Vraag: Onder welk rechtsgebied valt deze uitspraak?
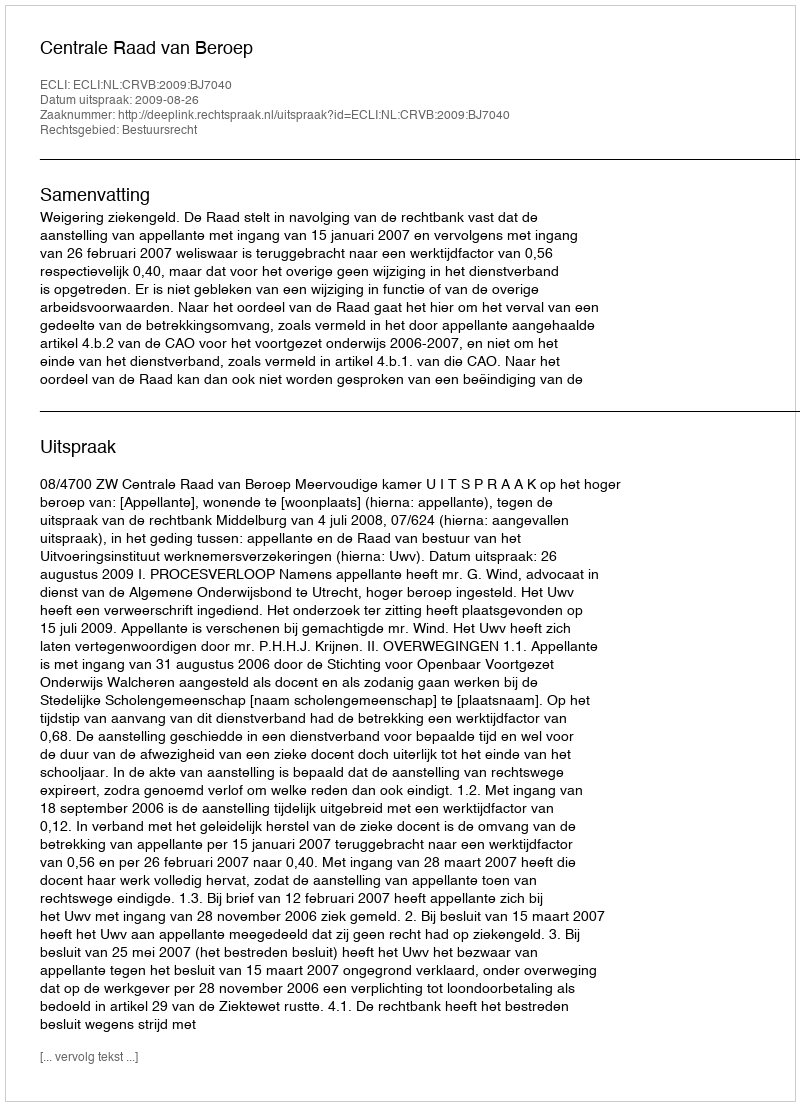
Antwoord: Bestuursrecht